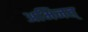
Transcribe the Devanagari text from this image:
अभिनत्